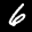
Label: 6